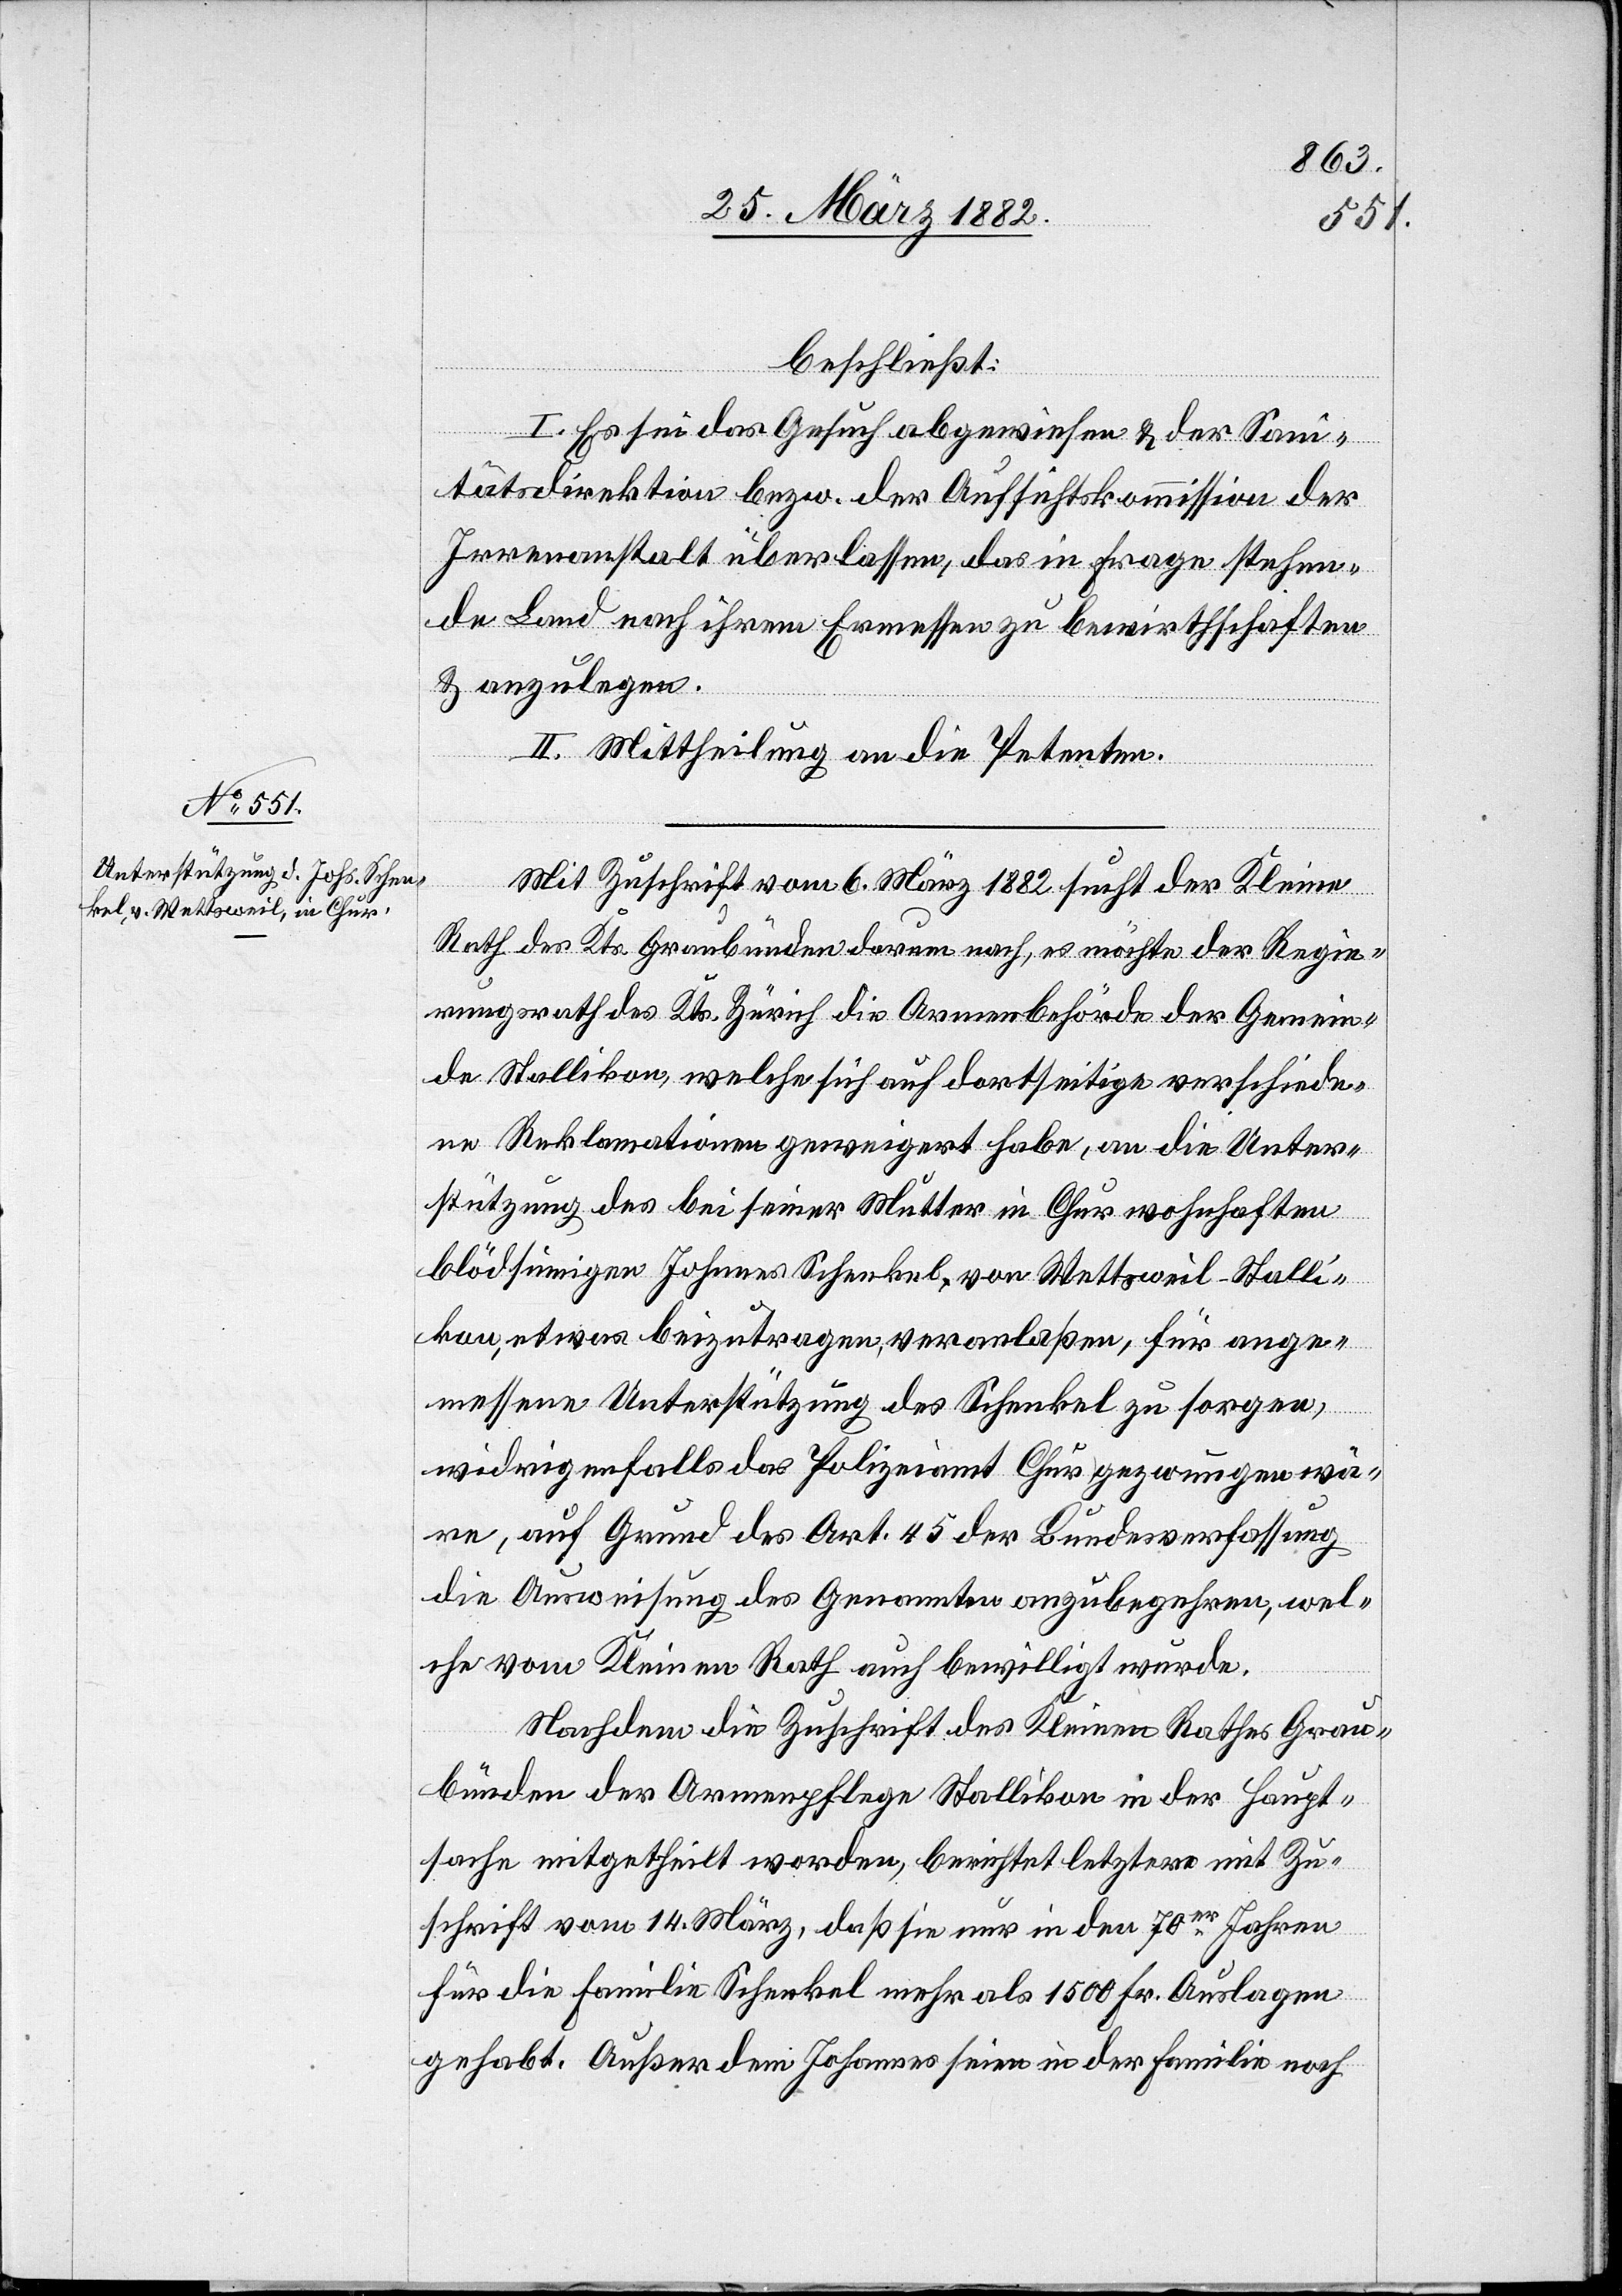
beschließt:
I. Es sei das Gesuch abgewiesen & der Sani¬
tätsdirektion bezw. der Aufsichtskommission der
Irrenanstalt überlassen, das in Frage stehen¬
de Land nach ihrem Ermessen zu bewirthschaften
& anzulegen.
II. Mittheilung an die Petenten.
Mit Zuschrift vom 6. März 1882 sucht der Kleine
Rath des Kts. Graubünden darum nach, es möchte der Regie¬
rungsrath des Kts. Zürich die Armenbehörde der Gemein¬
de Stallikon, welche sich auf dortseitigen verschiede¬
n Reklamationen geweigert habe, an die Unter¬
stützung des bei seiner Mutter in Chur wohnhaften
blödsinnigen Johnnes [sic!] Schenkel, von Wettsweil - Stalli¬
kon, etwas beizutragen, veranlaßen, für ange¬
messene Unterstützung des Schenkel zu sorgen,
widrigenfalls das Polizeiamt Chur gezwungen wä¬
re, auf Grund des Art. 45 der Bundesverfassung
die Ausweisung des Genannten anzubegehren, wel¬
che vom Kleinen Rath auch bewilligt wurde.
Nachdem die Zuschrift des Kleinen Rathes Grau¬
bünden der Armenpflege Stallikon in der Haupt¬
sache mitgetheilt worden, berichtet letztere mit Zu¬
schrift vom 14. März, daß sie nur in den 70er Jahren
für die Familie Schenkel mehr als 1500 Fr. Auslagen
gehabt. Außer dem Johannes seien in der Familie noch